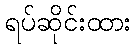
ရပ်ဆိုင်းထား